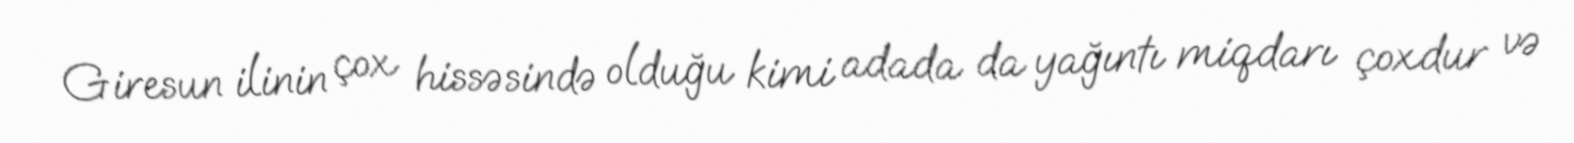
Giresun ilinin çox hissəsində olduğu kimi adada da yağıntı miqdarı çoxdur və